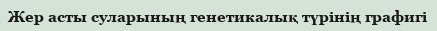
Жер асты суларының генетикалық түрінің графигі